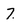
Character: 7